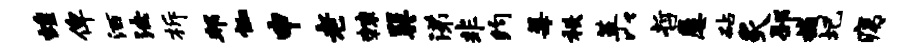
蝗俾洒法柝邦恤申老棘巽涕非约莓秩革以哲屡砧炙邳撼圯痍